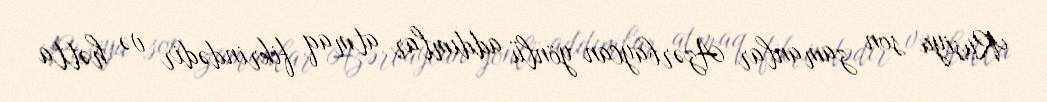
Rusiya son zamanlar Azərbaycan yönlü addımlar atmaq fikrindədir və hətta